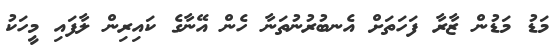
މަޑު މަޑުން ޒާރާ ފަހަތަށް އެނބުރުނުތަނާ ހެން އޭނާގެ ކައިރިން ލާފައި މީހަކު